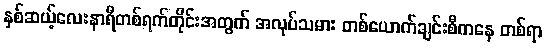
နှစ်ဆယ့်လေးနာရီတစ်ရက်တိုင်းအတွက် အလုပ်သမား တစ်ယောက်ချင်းစီကနေ တစ်ရာ